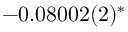
- 0 . 0 8 0 0 2 ( 2 ) ^ { \ast }